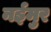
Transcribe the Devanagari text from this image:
नईमुर